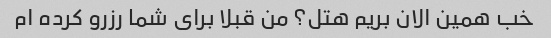
خب همین الان بریم هتل؟ من قبلا برای شما رزرو کرده ام